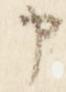
申